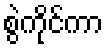
စွဲကိုင်ကာ